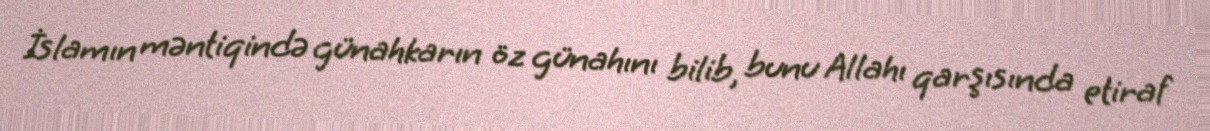
İslamın məntiqində günahkarın öz günahını bilib, bunu Allahı qarşısında etiraf